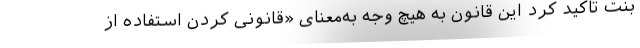
بنت تاکید کرد این قانون به هیچ وجه به‌معنای «قانونی کردن استفاده از